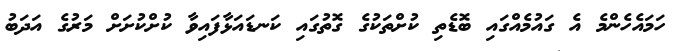
ހަމައެހެންމެ އެ ގައުމެއްގައި ބޮޑެތި ކުށްތަކުގެ ގޮތުގައި ކަނޑައަޅާފައިވާ ކުށްކުށަށް މަރުގެ އަދަބު